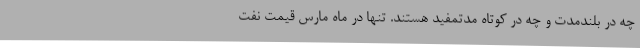
چه در بلندمدت و چه در کوتاه مدتمفید هستند. تنها در ماه مارس قیمت نفت